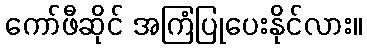
ကော်ဖီဆိုင် အကြံပြုပေးနိုင်လား။